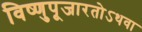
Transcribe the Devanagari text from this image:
विष्णुपूजारतोऽथवा